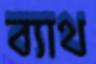
ব্যাথ